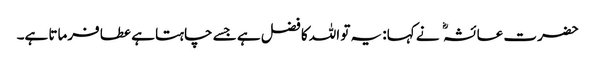
حضرت عائشہ نے کہا: یہ تو اللہ کا فضل ہے جسے چاہتا ہے عطا فرماتا ہے۔